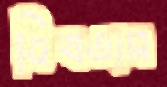
বিষতাম